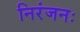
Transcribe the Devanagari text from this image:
निरंजनः